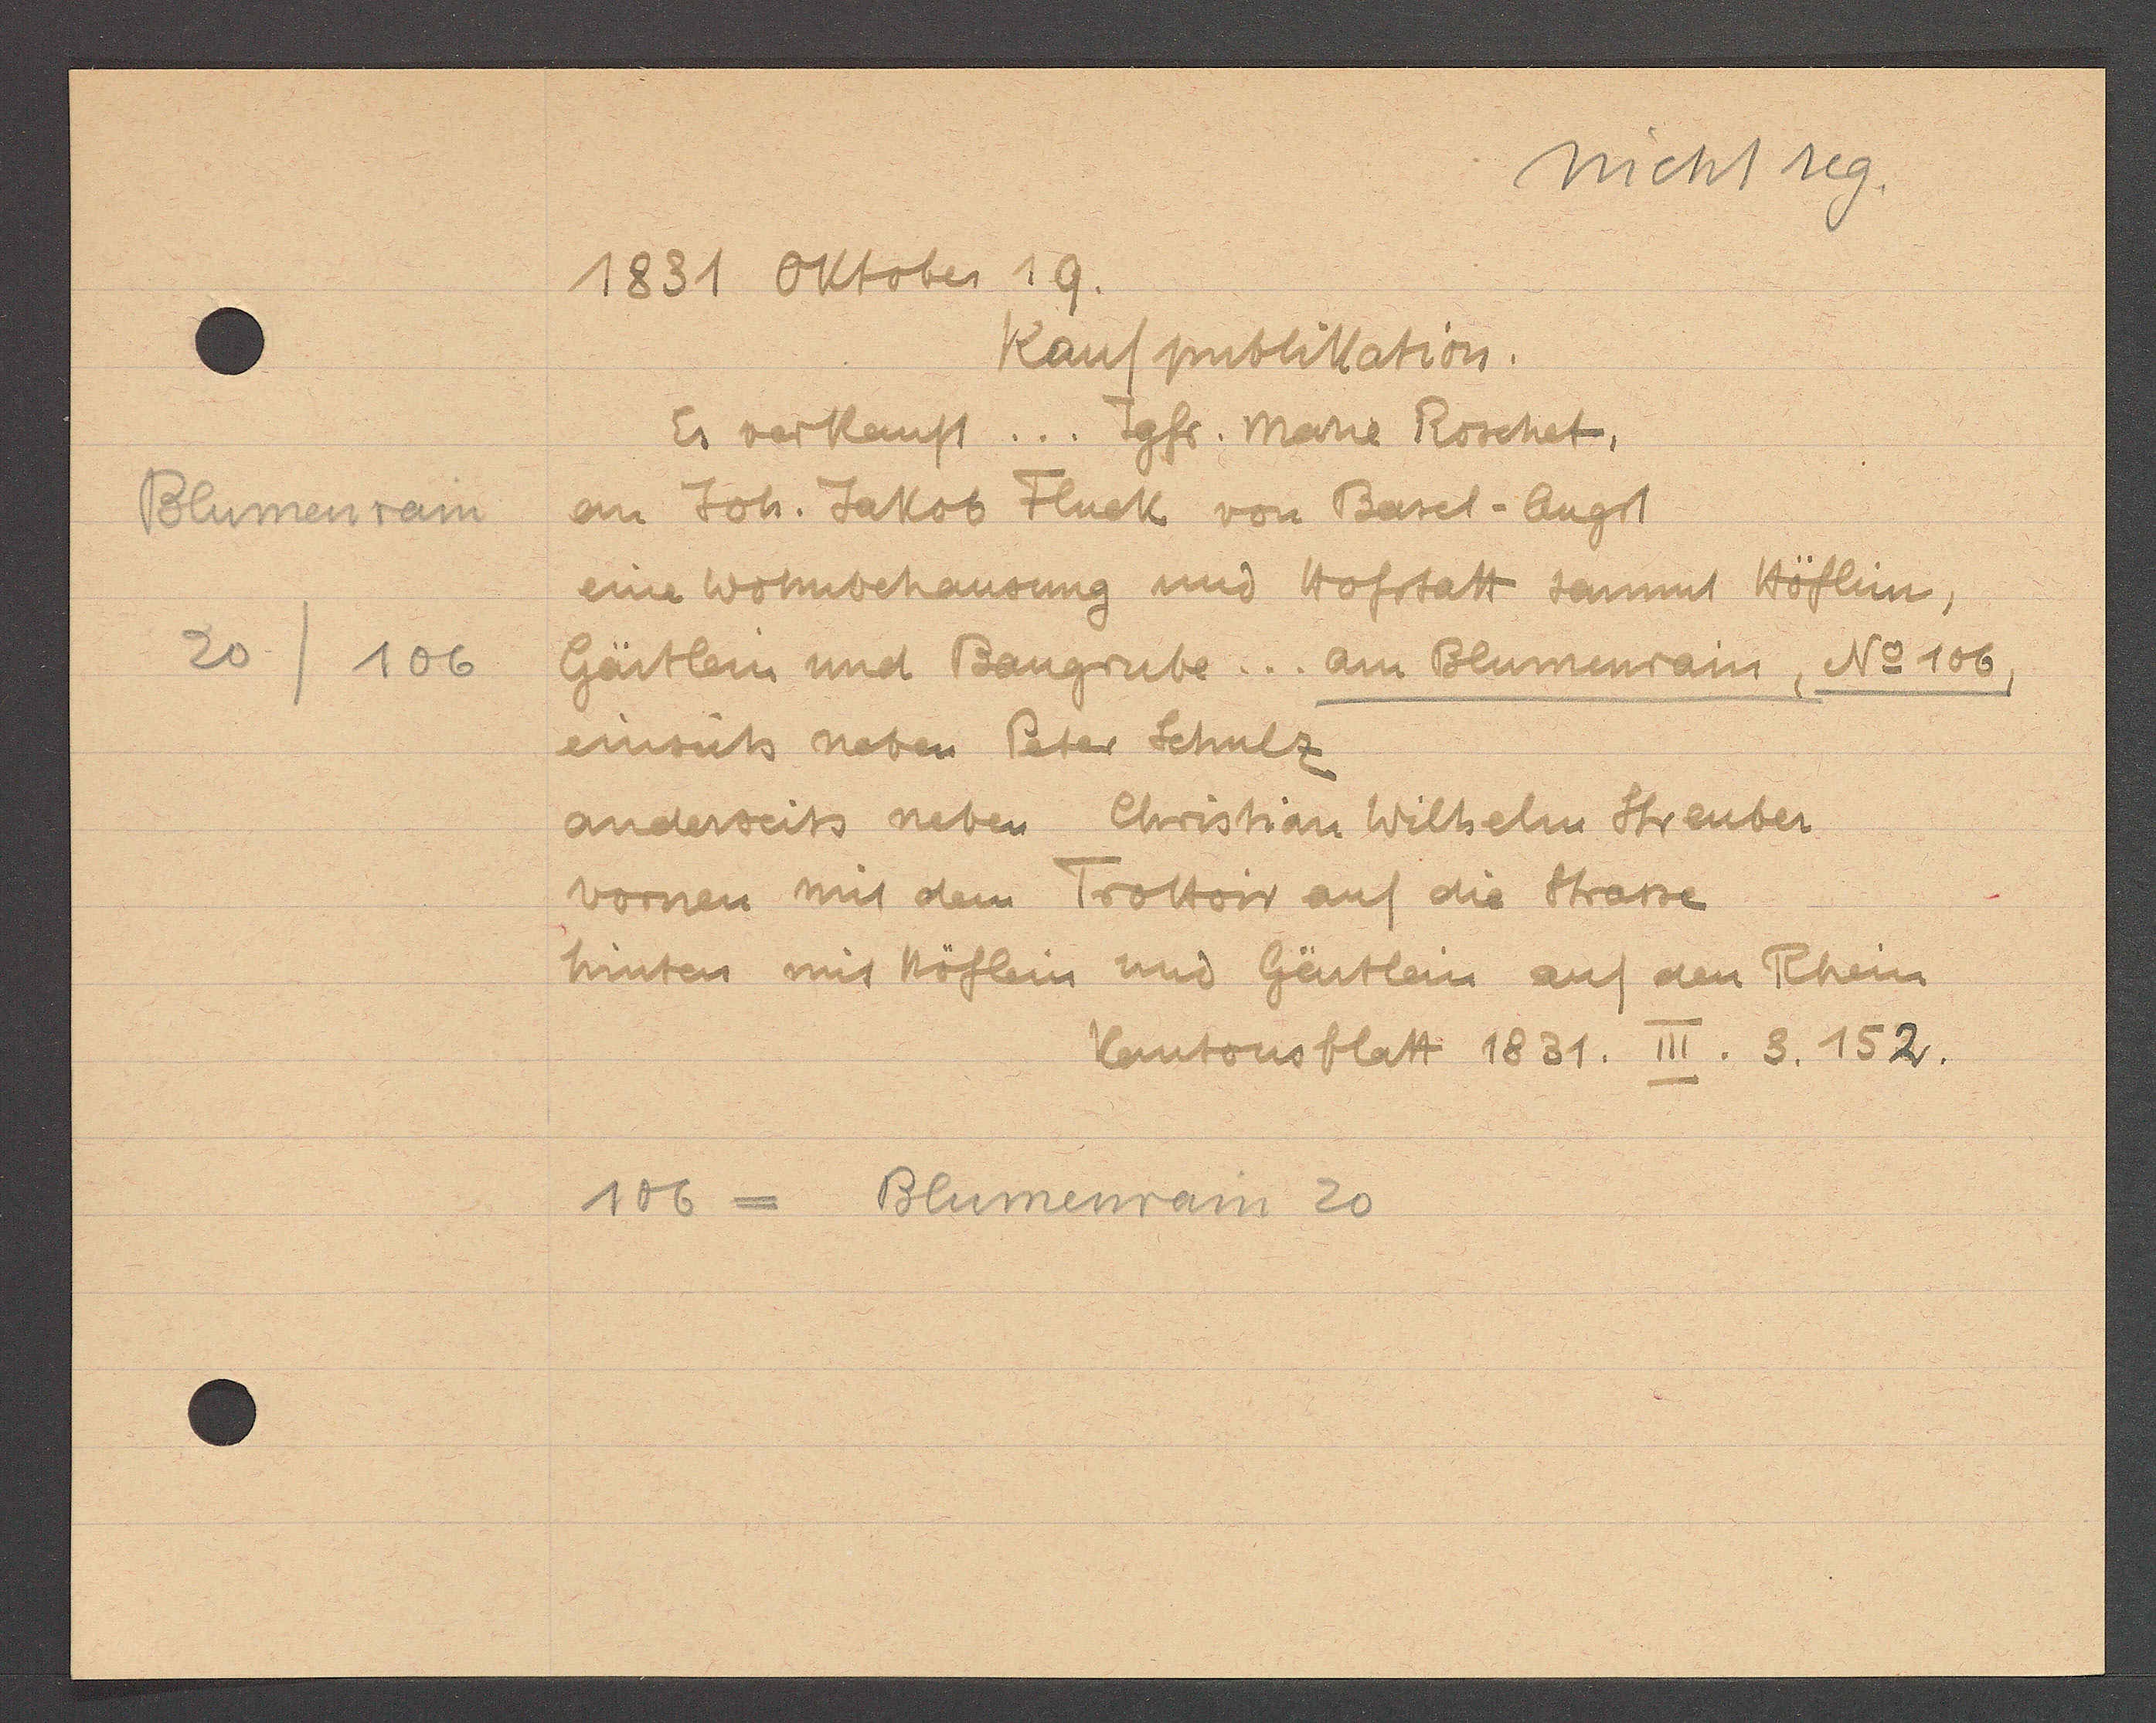
Transcript:
Blumenrain
20
106

1831 Oktober 19.

Kaufpublikation.
Es verkauft ... Jgfr. marie Roschet,
an Joh. Jakob Fluck von Basel- Augst
eine Wohnbehausung und Hofstatt sammt Höflin,
Gärtlein und Baugrube... am Blumenrain, No 106,
einseits neben Peter Schulz
anderseits neben Christian Wilhelm Streuber
vornen mit dem Trottoir auf die Stasse
hinten mit Höflein und Gärtlein auf den Rhein
Kantonsblatt 1831. III. 3. 152.

106 = Blumenrain 20